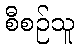
စီစဉ်သူ